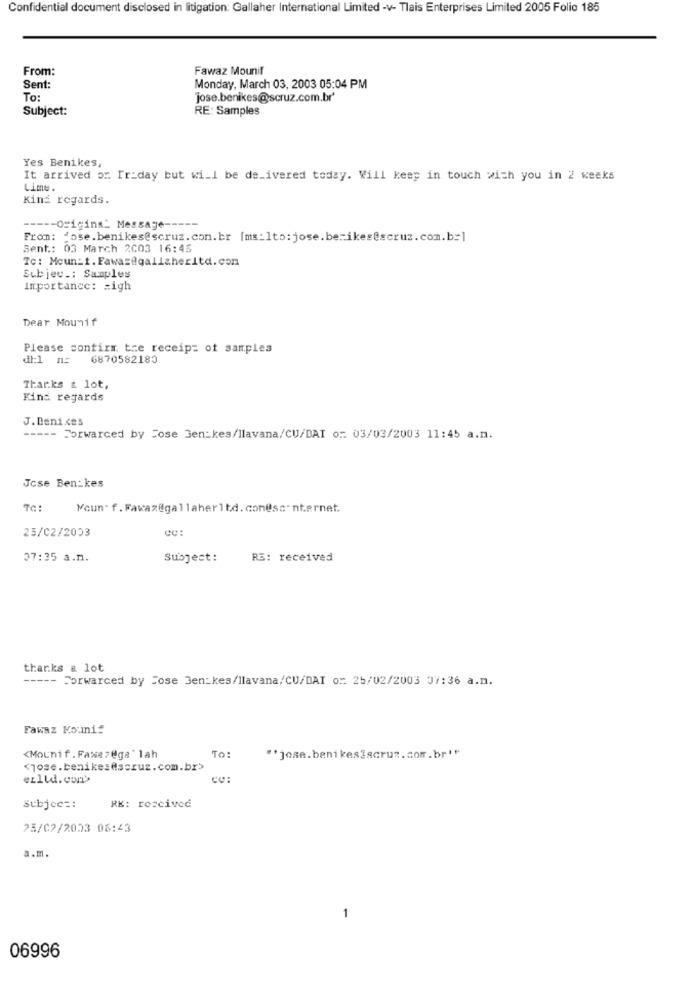
Confidential document disclosed in litigation: Gallaher International Limited -v- Tlais Enterprises Limited 2005 Folio 185
From:
Fawaz Mounif
Sent:
Monday, March 03, 2003 05:04 PM
To:
jose.benikes@scruz.com.br'
Subject:
RE: Samples
Yes Benikes,
It arrived or Friday but will be de_ivered today. Will keep in touch with you in 2 weeks
Lime.
Kind regards.
--- Original Message-
From: dose.benikes@scruz. com.br [ms:1to:jose. berikes@scruz.com.b=]
Sent .: 03 March 2003 16:45
Tc: Moun:t. Fawaz@qalicherltd.com
Subjec .: Samples
Importance: = igh
Dear Mounif
Please contirx tre receipt of samples
di:1 nc
6870582180
Thanks a lot,
Kind regards
J. Denices
Forwarced by Jose 3en:kes/llavana/CU/BAI or: 03/03/2003 11:45 a.m.
Jose Ben_kes
TC:
Moun. f. Fawaz@gallaherltd. con@ssinternet.
25/02/2003
37:35 a.n.
Subject:
RS: received
thanks a lot
----- Forwarced by Jose Jen: kes/llavana/CU/DAI o: 25/02/2003 37:36 a.m.
Fawaz Mouni!
<Mounif. Faxszega ' lah
To:
"'jose.benikes@scruz.com.br'"
<jose.benikes@scruz.com.br>
ezlld.com>
Subjec =:
RE: rozciveć
25/02/2023 06:43
a.m.
-
06996